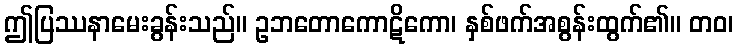
ဤပြဿနာမေးခွန်းသည်။ ဥဘတောကောဋိကော၊ နှစ်ဖက်အစွန်းထွက်၏။ တဝ၊